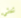
ثلاثي